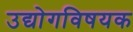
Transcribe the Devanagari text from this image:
उद्योगविषयक